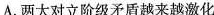
A.两大对立阶级矛盾越来越激化